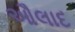
ઔલાદ